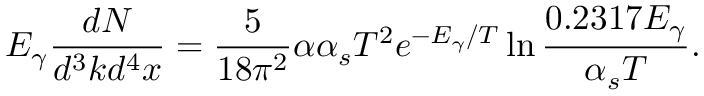
E _ { \gamma } \frac { d N } { d ^ { 3 } k d ^ { 4 } x } = \frac { 5 } { 1 8 \pi ^ { 2 } } \alpha \alpha _ { s } T ^ { 2 } e ^ { - E _ { \gamma } / T } \ln \frac { 0 . 2 3 1 7 E _ { \gamma } } { \alpha _ { s } T } .